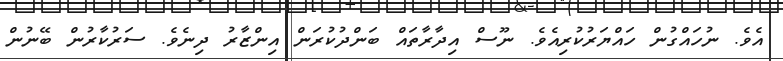
އެވެ. ނުހައްގުން ހައްޔަރުކުރިއެވެ. ނޫސް އިދާރާތައް ބަންދުކުރަން އިންޒާރު ދިނެވެ. ސަރުކާރުން ބޭނުން